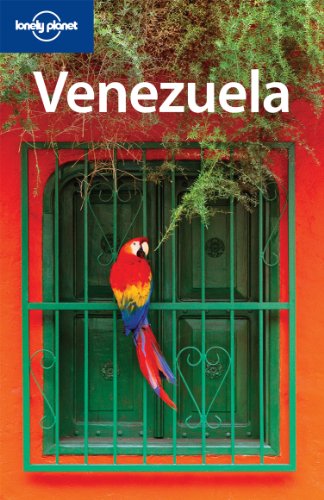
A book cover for Lonely Planet Venezuela (Country Travel Guide); Kevin Raub; Travel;